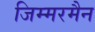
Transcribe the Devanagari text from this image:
जिम्मरमैन